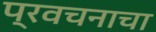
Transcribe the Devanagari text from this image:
प्रवचनाचा